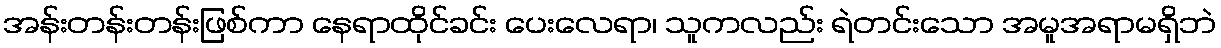
အန်းတန်းတန်းဖြစ်ကာ နေရာထိုင်ခင်း ပေးလေရာ၊ သူကလည်း ရဲတင်းသော အမူအရာမရှိဘဲ